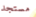
مستجد